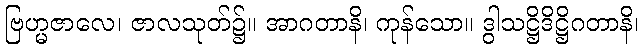
ဗြဟ္မဇာလေ၊ ဇာလသုတ်၌။ အာဂတာနိ၊ ကုန်သော။ ဒွါသဋ္ဌိဒိဋ္ဌိဂတာနိ၊